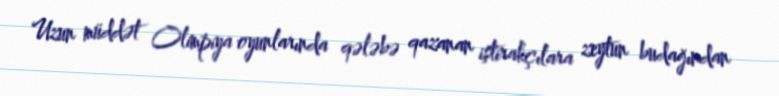
Uzun müddət Olimpiya oyunlarında qələbə qazanan iştirakçılara zeytun budağından